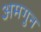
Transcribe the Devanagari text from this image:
अमगुन